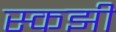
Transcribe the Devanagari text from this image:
स्कझी